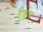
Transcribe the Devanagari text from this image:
बेडोर